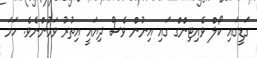
ގަޑީގައި ކޯލް ވެއިޓިންގް ގައި އިނުން ވެސް ދިޔައީ އިތުރު ވަމުންނެވެ. ހަމަ